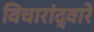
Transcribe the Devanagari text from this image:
विचारांद्वारे